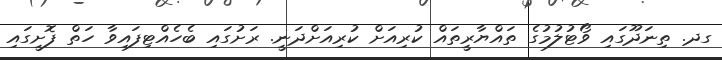
ގދ. ތިނަދޫގައި ވޯޓުލުމުގެ ތައްޔާރީތައް ކުރިއަށް ކުރިއަށްދަނީ. ރަށުގައި ބެހެއްޓިފައިވާ ހަތް ފޮށީގައި